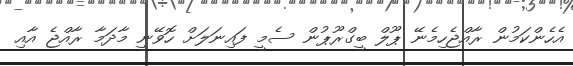
އެހެންކަމުން ރާއްޖެހިމެނޭ ޕޫލް ބީގްރޫޕުން ސެމީ ފައިނަލަށް ހޮވޭނީ މާދަމާ ރާއްޖެ އާއި